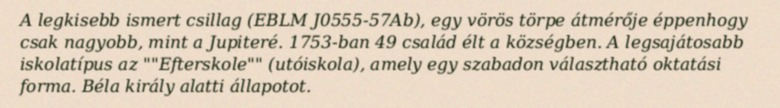
A legkisebb ismert csillag (EBLM J0555-57Ab), egy vörös törpe átmérője éppenhogy csak nagyobb, mint a Jupiteré. 1753-ban 49 család élt a községben. A legsajátosabb iskolatípus az ""Efterskole"" (utóiskola), amely egy szabadon választható oktatási forma. Béla király alatti állapotot.